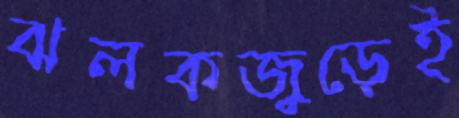
ঝলকজুড়েই